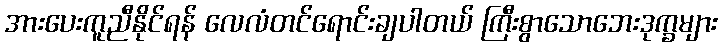
အားပေးကူညီနိုင်ရန် လေလံတင်ရောင်းချပါတယ် ကြီးစွာသောဘေးဒုက္ခများ